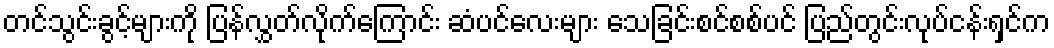
တင်သွင်းခွင့်များကို ပြန်လွှတ်လိုက်ကြောင်း ဆံပင်လေးများ သေခြင်းစင်စစ်ပင် ပြည်တွင်းလုပ်ငန်းရှင်က